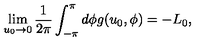
\lim _ { u _ { 0 } \rightarrow 0 } \frac { 1 } { 2 \pi } \int _ { - \pi } ^ { \pi } d \phi g ( u _ { 0 } , \phi ) = - L _ { 0 } ,